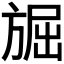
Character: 𭤾